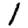
Digit: 1